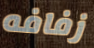
زفافه